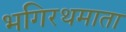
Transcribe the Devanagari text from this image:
भगिरथमाता